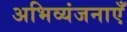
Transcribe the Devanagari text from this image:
अभिव्यंजनाएँ